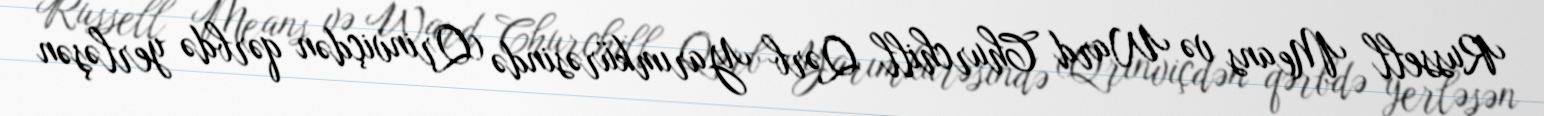
Russell Means və Ward Churchill Qərb Yarımkürəsində (Qrinviçdən qərbdə yerləşən